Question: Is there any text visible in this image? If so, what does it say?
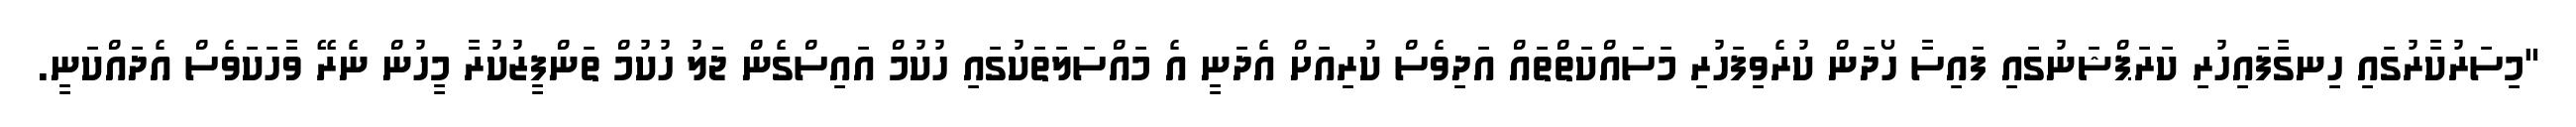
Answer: "މިސަރުކާރުގައި ހިނގާފައިހުރި ކަރަޕްޝަނުގައި ފައިސާ ހޯދަން ކުރެވިފަހުރި މަސައްކަތްތައް އަދިވެސް ކުރިއަށް އެދަނީ އެ މައްސަލަތަކުގައި ހުކުމް އައިސްގެން ޖަލު ހުކުމް ތަންފީޒުކުރާ މީހުން ނެރޭ ވާހަކަވެސް އެދައްކަނީ.